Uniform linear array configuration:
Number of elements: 12
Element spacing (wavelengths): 0.5
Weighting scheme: hann
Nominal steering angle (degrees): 30
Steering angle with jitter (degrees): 31.802
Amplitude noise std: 0.05
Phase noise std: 0.05

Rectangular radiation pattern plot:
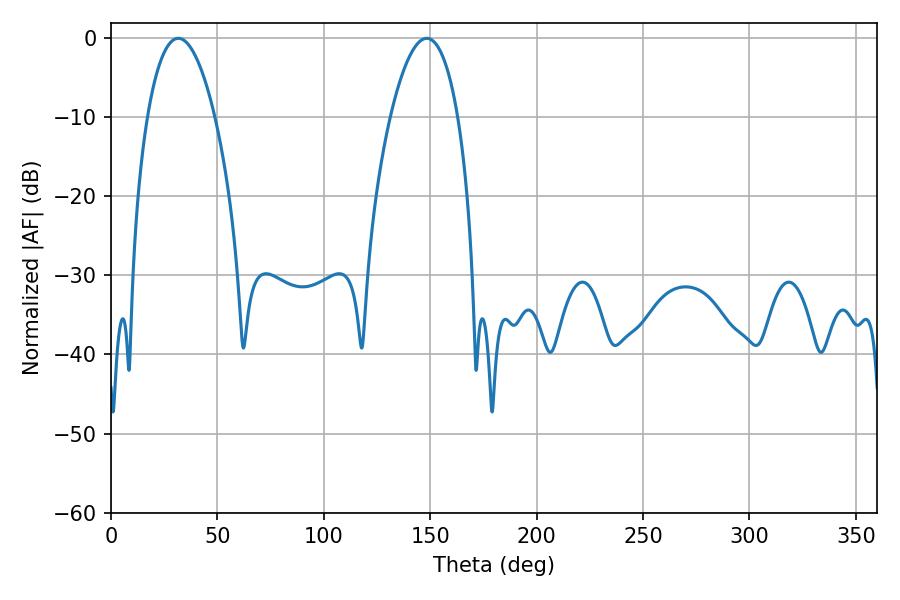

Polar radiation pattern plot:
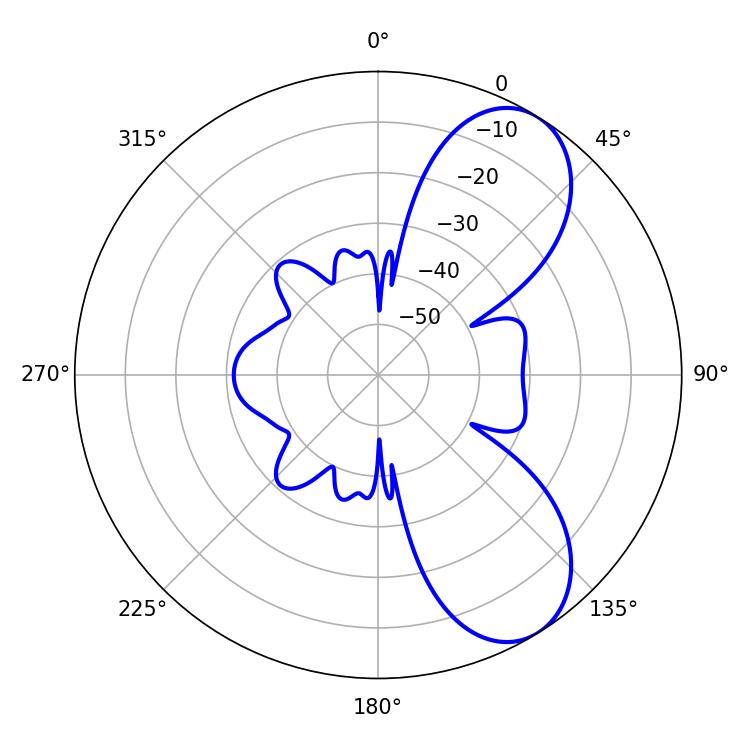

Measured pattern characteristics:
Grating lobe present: FALSE
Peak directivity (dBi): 7.592
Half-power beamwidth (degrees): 17.64
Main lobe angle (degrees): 31.68